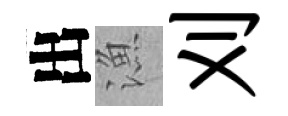
出漁刈